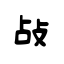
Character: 敁